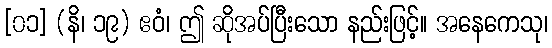
[၀၁] (နိ၊ ၁၉) ဧဝံ၊ ဤ ဆိုအပ်ပြီးသော နည်းဖြင့်။ အနေကေသု၊